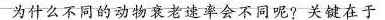
为什么不同的动物衰老速率会不同呢?关键在于